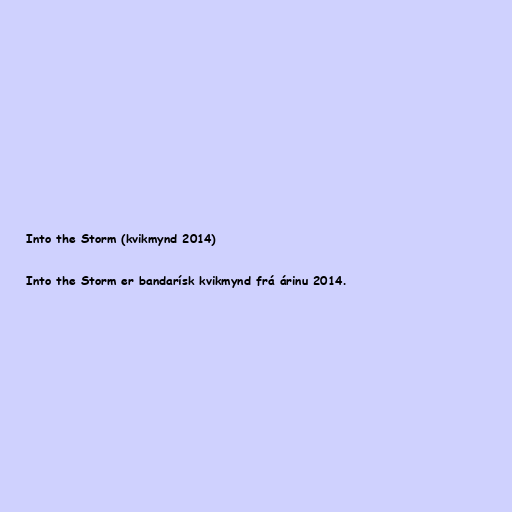
Into the Storm (kvikmynd 2014)

Into the Storm er bandarísk kvikmynd frá árinu 2014.